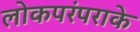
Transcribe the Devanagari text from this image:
लोकपरंपराके